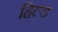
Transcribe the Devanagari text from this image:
हिल्ड